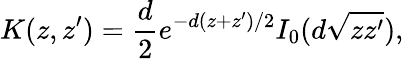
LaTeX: K(z,z^{\prime})=\frac{d}{2}e^{-d(z+z^{\prime})/2}I_{0}(d\sqrt{zz^{\prime}}),